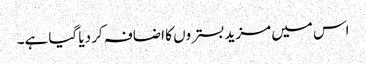
اس میں مزید بستروں کا اضافہ کر دیا گیا ہے۔